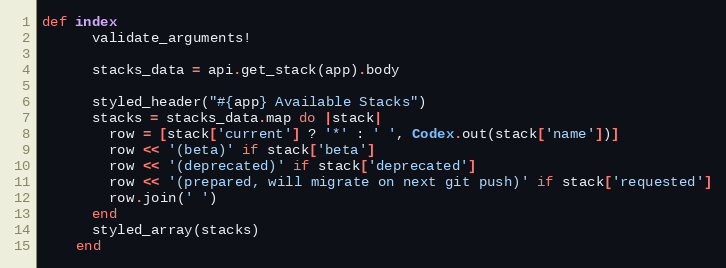
Language: Ruby
def index
      validate_arguments!

      stacks_data = api.get_stack(app).body

      styled_header("#{app} Available Stacks")
      stacks = stacks_data.map do |stack|
        row = [stack['current'] ? '*' : ' ', Codex.out(stack['name'])]
        row << '(beta)' if stack['beta']
        row << '(deprecated)' if stack['deprecated']
        row << '(prepared, will migrate on next git push)' if stack['requested']
        row.join(' ')
      end
      styled_array(stacks)
    end